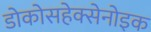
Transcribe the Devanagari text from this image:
डोकोसहेक्सेनोइक